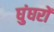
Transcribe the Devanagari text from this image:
घुंघरों